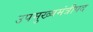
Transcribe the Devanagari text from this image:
उपमुख्यमंत्रीपद